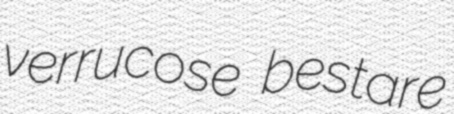
verrucose bestare